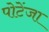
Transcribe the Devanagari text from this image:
पोटेंजा